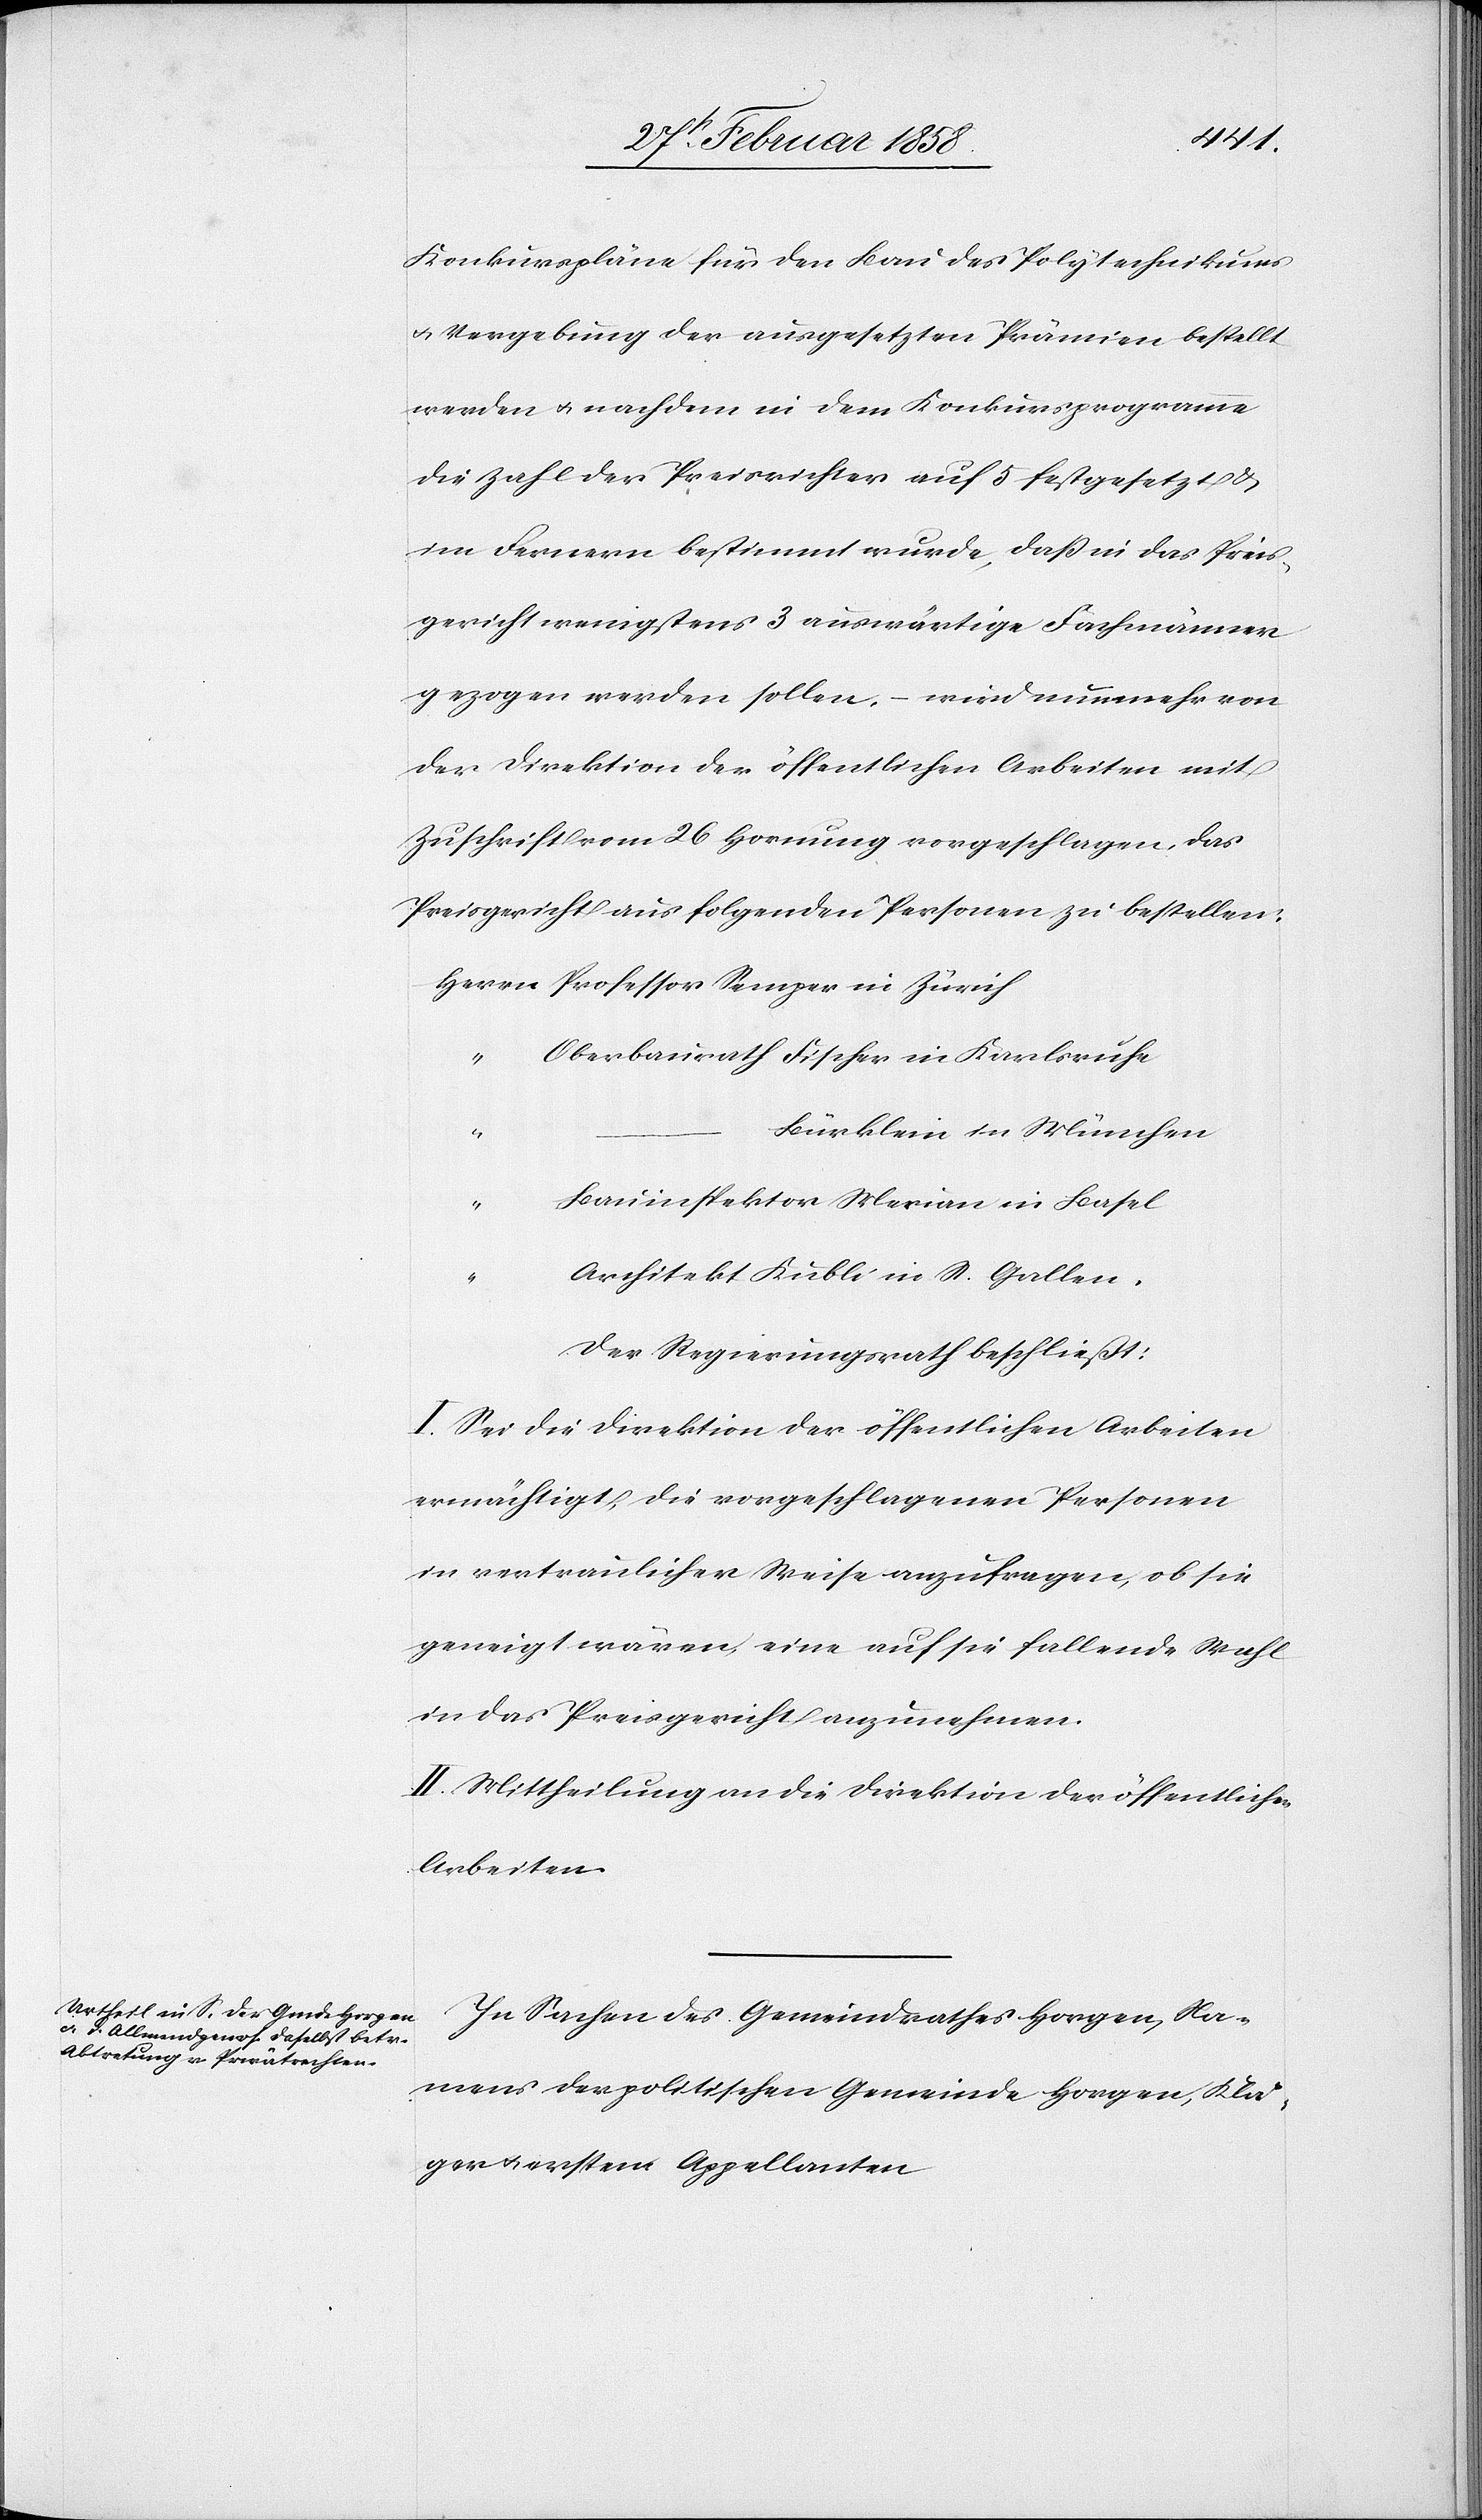
Konkurspläne für den Bau des Polytechnikums
u. Vergebung der ausgesetzten Prämien bestellt
werden u. nachdem in dem Konkursprogramme
die Zahl der Preisrichter auf 5 festgesetzt &
im Fernern bestimmt wurde, daß in das Preis¬
gericht wenigstens 3 auswärtige Fachmänner
gezogen werden sollen, – wird nunmehr von
der Direktion der öffentlichen Arbeiten mit
Zuschrift vom 26 Hornung vorgeschlagen, das
Preisgericht aus folgenden Personen zu bestellen:
Herrn	Professor Semper in Zürich
“		Oberbaurath Fischer in Karlsruhe
Bürklein in München
“		Bauinspektor Merian in Basel
“		A¬
rchitekt Kubli in S. Gallen.
Der Regierungsrath beschließt:
I. Sei die Direktion der öffentlichen Arbeiten
ermächtigt, die vorgeschlagenen Personen
in vertraulicher Weise anzufragen, ob sie
geneigt wären, eine auf sie fallende Wahl
in das Preisgericht anzunehmen.
II. Mittheilung an die Direktion der öffentlichen
Arbeiten.
In Sachen des Gemeindrathes Horgen, Na¬
mens der politischen Gemeinde Horgen, Klä¬
ger u. erstem Appellanten